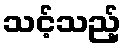
သင့်သည့်